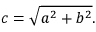
c = { \sqrt { a ^ { 2 } + b ^ { 2 } } } .